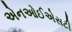
એનઓઈએસટી